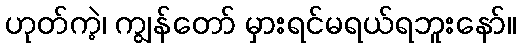
ဟုတ်ကဲ့၊ ကျွန်တော် မှားရင်မရယ်ရဘူးနော်။